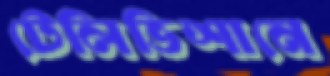
টেলিভিশানে